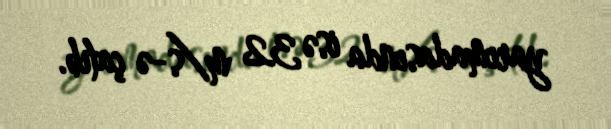
yarımadasında isə 32 m/s-ə çatıb.